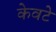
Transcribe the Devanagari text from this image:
केवटे